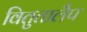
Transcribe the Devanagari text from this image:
वितुतालैप